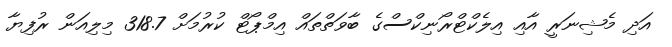
އަދި މެޝިނަރީ އާއި އިލެކްޓްރޯނިކްސްގެ ބާވަތްތައް އިމްޕޯޓް ކުރުމަށް 318.7 މިލިއަން ރުފިޔާ